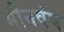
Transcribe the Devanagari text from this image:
मौनवंष